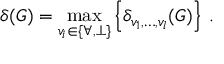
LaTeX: \delta ( G ) = \operatorname * { m a x } _ { v _ { i } \in \{ \forall , \perp \} } \left\{ \delta _ { v _ { 1 } , \ldots , v _ { l } } ( G ) \right\} \: .